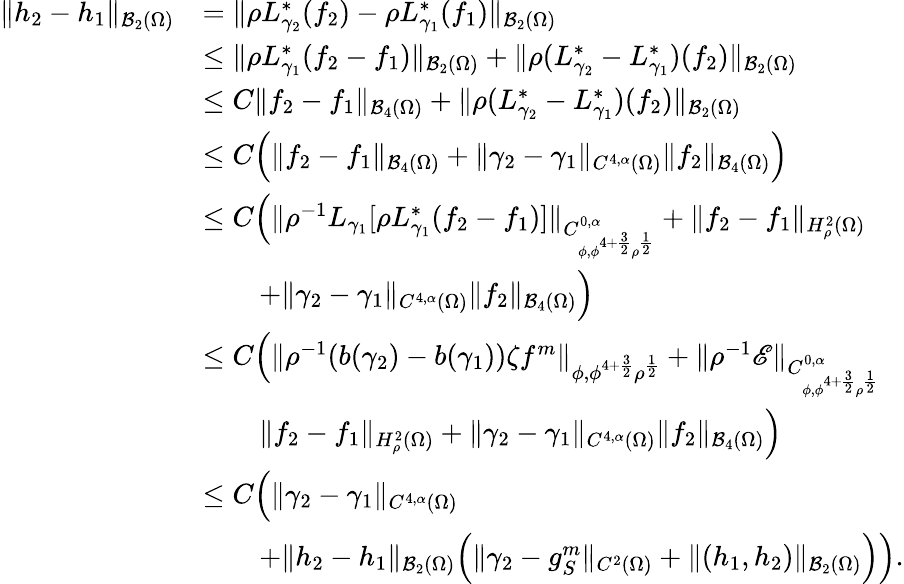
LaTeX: \begin{array}{rl}{\| h_{2}-h_{1}\| _{\mathcal B_{2}(\Omega)}}&{=\| \rho L_{\gamma_{2}}^{*}(f_{2})-\rho L_{\gamma_{1}}^{*}(f_{1})\| _{\mathcal B_{2}(\Omega)}}\\ &{\leq\| \rho L_{\gamma_{1}}^{*}(f_{2}-f_{1})\| _{\mathcal B_{2}(\Omega)}+\| \rho(L_{\gamma_{2}}^{*}-L_{\gamma_{1}}^{*})(f_{2})\| _{\mathcal B_{2}(\Omega)}}\\ &{\leq C\| f_{2}-f_{1}\| _{\mathcal B_{4}(\Omega)}+\| \rho(L_{\gamma_{2}}^{*}-L_{\gamma_{1}}^{*})(f_{2})\| _{\mathcal B_{2}(\Omega)}}\\ &{\leq C\Big(\| f_{2}-f_{1}\| _{\mathcal B_{4}(\Omega)}+\| \gamma_{2}-\gamma_{1}\| _{C^{4,\alpha}(\Omega)}\| f_{2}\| _{\mathcal B_{4}(\Omega)}\Big)}\\ &{\leq C\Big(\| \rho^{-1}L_{\gamma_{1}}[\rho L_{\gamma_{1}}^{*}(f_{2}-f_{1})]\| _{C_{\phi,\phi^{4+\frac 32}\rho^{\frac 12}}^{0,\alpha}}+\| f_{2}-f_{1}\| _{H_{\rho}^{2}(\Omega)}}\\ &{\qquad+\| \gamma_{2}-\gamma_{1}\| _{C^{4,\alpha}(\Omega)}\| f_{2}\| _{\mathcal B_{4}(\Omega)}\Big)}\\ &{\leq C\Big(\| \rho^{-1}(b(\gamma_{2})-b(\gamma_{1}))\zeta f^{m}\| _{\phi,\phi^{4+\frac 32}\rho^{\frac 12}}+\| \rho^{-1}\mathscr E\| _{C_{\phi,\phi^{4+\frac 32}\rho^{\frac 12}}^{0,\alpha}}}\\ &{\qquad\| f_{2}-f_{1}\| _{H_{\rho}^{2}(\Omega)}+\| \gamma_{2}-\gamma_{1}\| _{C^{4,\alpha}(\Omega)}\| f_{2}\| _{\mathcal B_{4}(\Omega)}\Big)}\\ &{\leq C\Big(\| \gamma_{2}-\gamma_{1}\| _{C^{4,\alpha}(\Omega)}}\\ &{\qquad+\| h_{2}-h_{1}\| _{\mathcal B_{2}(\Omega)}\Big(\| \gamma_{2}-g_{S}^{m}\| _{C^{2}(\Omega)}+\| (h_{1},h_{2})\| _{\mathcal B_{2}(\Omega)}\Big)\Big).}\end{array}